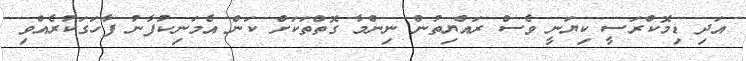
އަދި ޑިމޮކްރަސީ ކިޔަނީ ވެސް ރައްޔިތުން ނިންމާ ގޮތްތަކަށް ކަން އެމަނިކުފާނު ފާހަގަކުރެއްވި